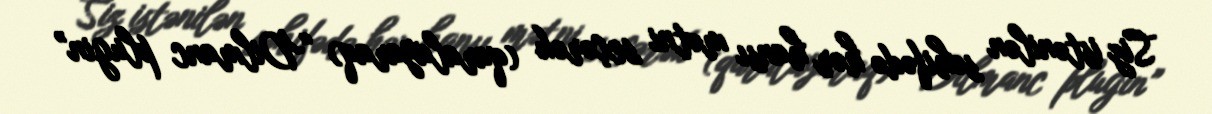
Siz istənilən səhifədə hər hansı mətni seçərək (qaralayaraq) “Dilmanc plugin”